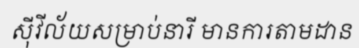
ស៊ីវីល័យសម្រាប់នារី មានការតាមដាន